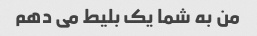
من به شما یک بلیط می دهم